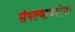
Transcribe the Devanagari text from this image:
संपल्याबरोबर